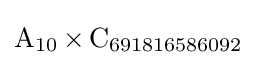
\operatorname {A} _{10}\times \operatorname {C} _{691816586092}